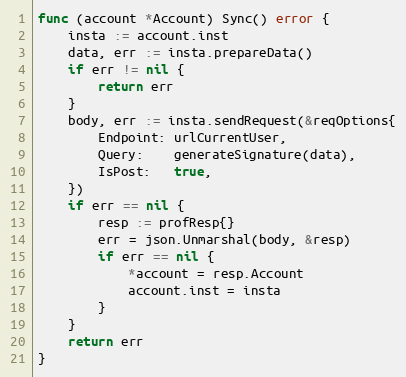
Language: Go
func (account *Account) Sync() error {
	insta := account.inst
	data, err := insta.prepareData()
	if err != nil {
		return err
	}
	body, err := insta.sendRequest(&reqOptions{
		Endpoint: urlCurrentUser,
		Query:    generateSignature(data),
		IsPost:   true,
	})
	if err == nil {
		resp := profResp{}
		err = json.Unmarshal(body, &resp)
		if err == nil {
			*account = resp.Account
			account.inst = insta
		}
	}
	return err
}